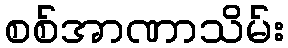
စစ်အာဏာသိမ်း